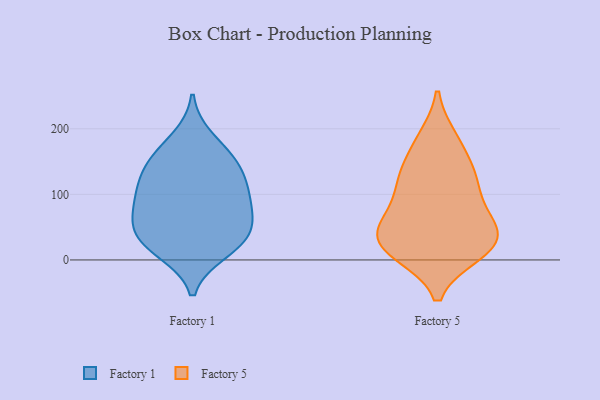
{"axis": {"x": "Revenue (USD Million)", "y": "Value"}, "legend": ["Factory 1", "Factory 5"], "data": [{"x": "", "y": 57, "type": "Factory 1"}, {"x": "", "y": 34, "type": "Factory 1"}, {"x": "", "y": 17, "type": "Factory 1"}, {"x": "", "y": 90, "type": "Factory 1"}, {"x": "", "y": 92, "type": "Factory 1"}, {"x": "", "y": 35, "type": "Factory 1"}, {"x": "", "y": 141, "type": "Factory 1"}, {"x": "", "y": 185, "type": "Factory 1"}, {"x": "", "y": 115, "type": "Factory 1"}, {"x": "", "y": 75, "type": "Factory 1"}, {"x": "", "y": 115, "type": "Factory 1"}, {"x": "", "y": 51, "type": "Factory 1"}, {"x": "", "y": 152, "type": "Factory 1"}, {"x": "", "y": 13, "type": "Factory 1"}, {"x": "", "y": 154, "type": "Factory 1"}, {"x": "", "y": 11, "type": "Factory 5"}, {"x": "", "y": 129, "type": "Factory 5"}, {"x": "", "y": 18, "type": "Factory 5"}, {"x": "", "y": 184, "type": "Factory 5"}, {"x": "", "y": 177, "type": "Factory 5"}, {"x": "", "y": 46, "type": "Factory 5"}, {"x": "", "y": 128, "type": "Factory 5"}, {"x": "", "y": 57, "type": "Factory 5"}, {"x": "", "y": 121, "type": "Factory 5"}, {"x": "", "y": 56, "type": "Factory 5"}, {"x": "", "y": 106, "type": "Factory 5"}, {"x": "", "y": 26, "type": "Factory 5"}, {"x": "", "y": 67, "type": "Factory 5"}, {"x": "", "y": 18, "type": "Factory 5"}, {"x": "", "y": 19, "type": "Factory 5"}]}